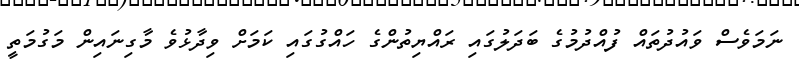
ނަމަވެސް ވައުދުތައް ފުއްދުމުގެ ބަދަލުގައި ރައްޔިތުންގެ ހައްގުގައި ކަމަށް ވިދާޅުވެ މާގިނައިން މަގުމަތީ